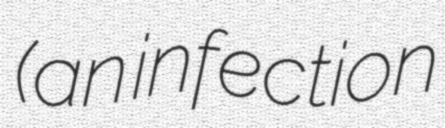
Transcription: (an infection